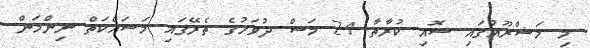
މި މަޝްރޫއުގައި ސޮއި ކުރާތާ 24 މަސް ދުވަހުގެ ތެރޭގައި މަސައްކަތް ނިންމަން